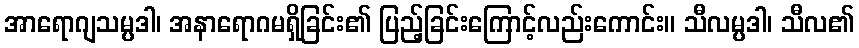
အာရောဂျသမ္ပဒါ၊ အနာရောဂမရှိခြင်း၏ ပြည့်ခြင်းကြောင့်လည်းကောင်း။ သီလမ္ပဒါ၊ သီလ၏